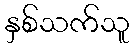
နှစ်သက်သူ